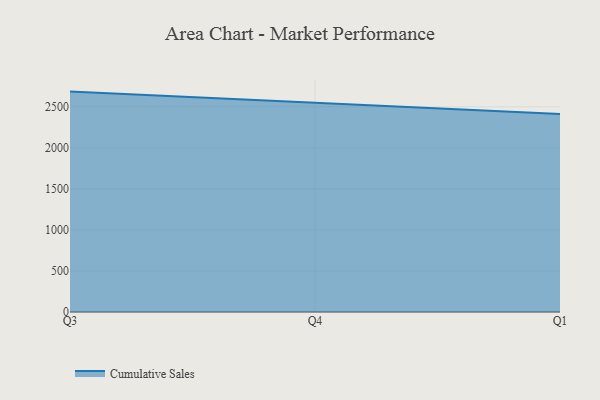
{"axis": {"x": "Quarter", "y": "Customer Acquisition Cost (USD)"}, "legend": ["Cumulative Sales"], "data": [{"x": "Q3", "y": 2686.0, "type": "Cumulative Sales"}, {"x": "Q4", "y": 2545.2, "type": "Cumulative Sales"}, {"x": "Q1", "y": 2412.1, "type": "Cumulative Sales"}]}